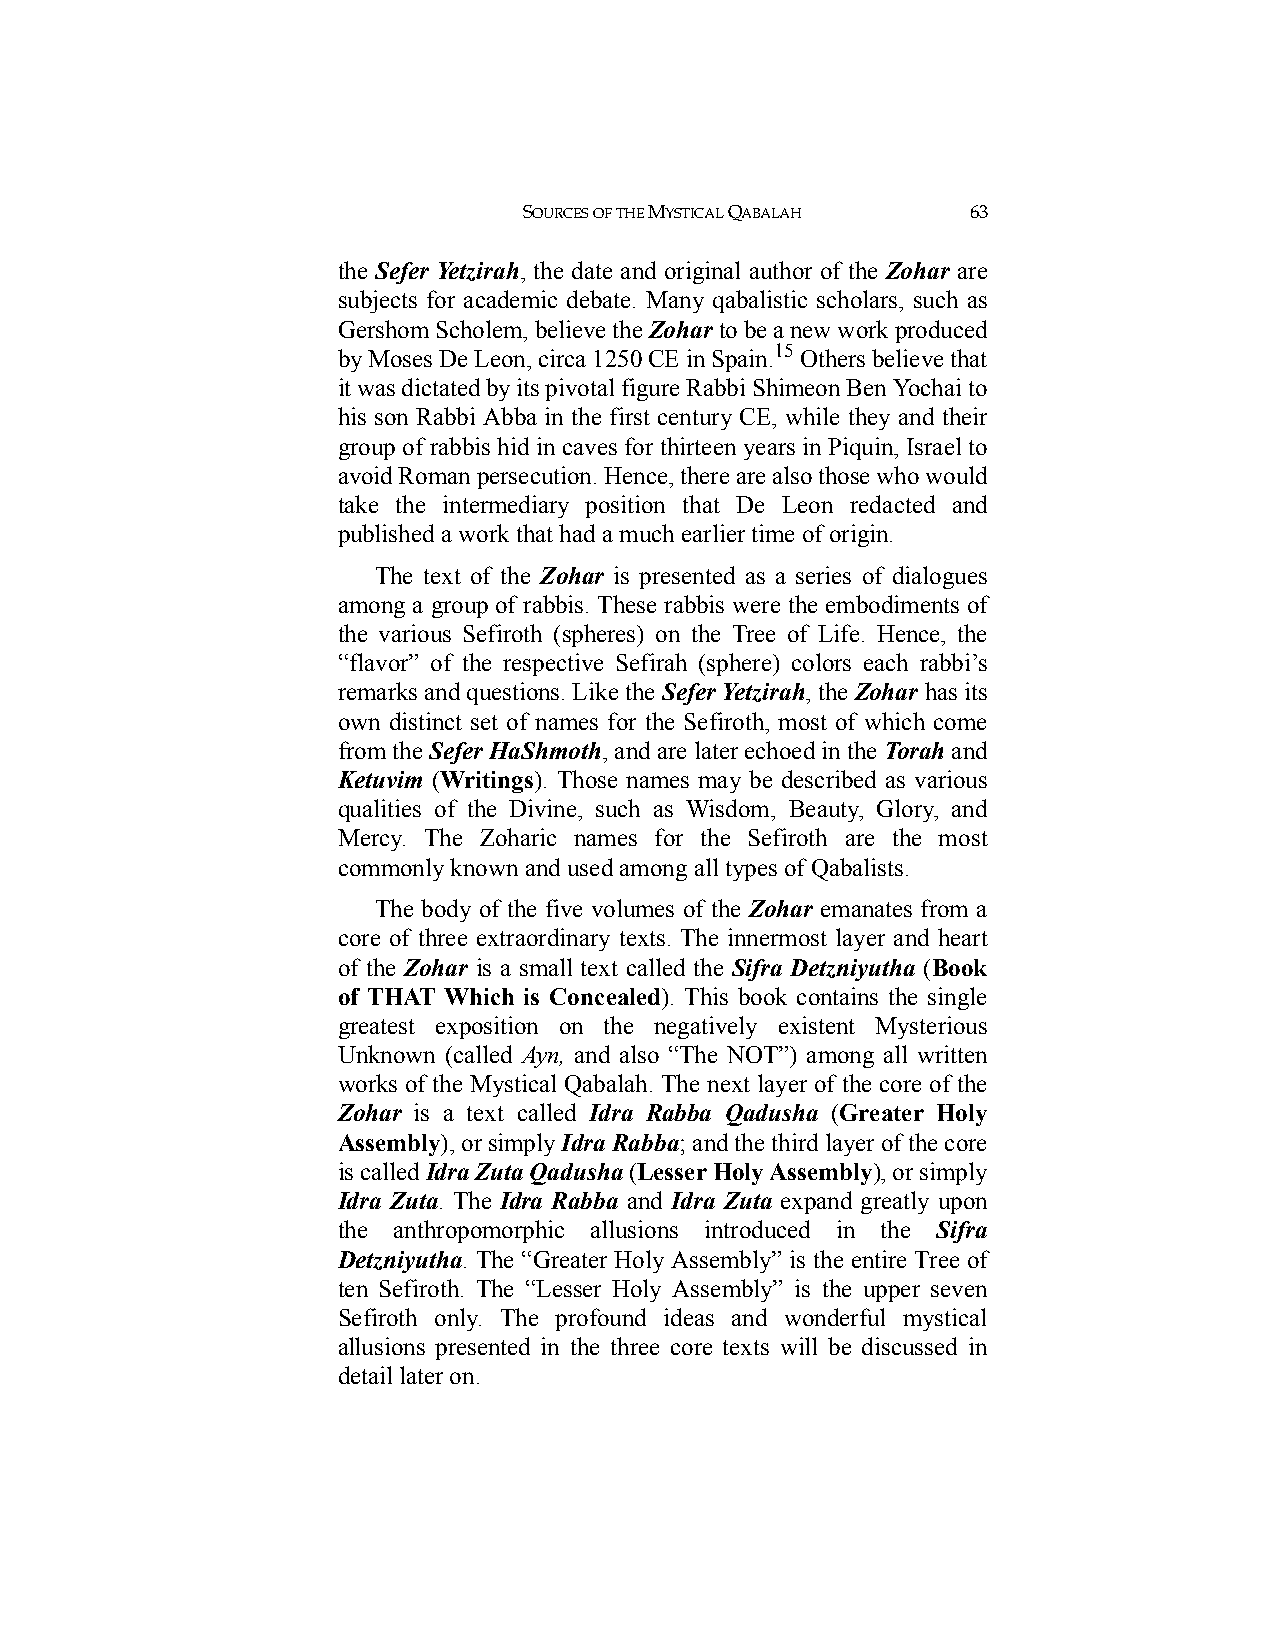
SOURCES OF THE MYSTICAL QABALAH 63
 the Sefer Yetzirah, the date and original author of the Zohar are
 subjects for academic debate. Many qabalistic scholars, such as
 Gershom Scholem, believe the Zohar to be a new work produced
 by Moses De Leon, circa 1250 CE in Spain.15 Others believe that
 it was dictated by its pivotal figure Rabbi Shimeon Ben Yochai to
 his son Rabbi Abba in the first century CE, while they and their
 group of rabbis hid in caves for thirteen years in Piquin, Israel to
 avoid Roman persecution. Hence, there are also those who would
 take the intermediary position that De Leon redacted and
 published a work that had a much earlier time of origin.
 The text of the Zohar is presented as a series of dialogues
 among a group of rabbis. These rabbis were the embodiments of
 the various Sefiroth (spheres) on the Tree of Life. Hence, the
 “flavor” of the respective Sefirah (sphere) colors each rabbi’s
 remarks and questions. Like the Sefer Yetzirah, the Zohar has its
 own distinct set of names for the Sefiroth, most of which come
 from the Sefer HaShmoth, and are later echoed in the Torah and
 Ketuvim (Writings). Those names may be described as various
 qualities of the Divine, such as Wisdom, Beauty, Glory, and
 Mercy. The Zoharic names for the Sefiroth are the most
 commonly known and used among all types of Qabalists.
 The body of the five volumes of the Zohar emanates from a
 core of three extraordinary texts. The innermost layer and heart
 of the Zohar is a small text called the Sifra Detzniyutha (Book
 of THAT Which is Concealed). This book contains the single
 greatest exposition on the negatively existent Mysterious
 Unknown (called Ayn, and also “The NOT”) among all written
 works of the Mystical Qabalah. The next layer of the core of the
 Zohar is a text called Idra Rabba Qadusha (Greater Holy
 Assembly), or simply Idra Rabba; and the third layer of the core
 is called Idra Zuta Qadusha (Lesser Holy Assembly), or simply
 Idra Zuta. The Idra Rabba and Idra Zuta expand greatly upon
 the anthropomorphic allusions introduced in the Sifra
 Detzniyutha. The “Greater Holy Assembly” is the entire Tree of
 ten Sefiroth. The “Lesser Holy Assembly” is the upper seven
 Sefiroth only. The profound ideas and wonderful mystical
 allusions presented in the three core texts will be discussed in
 detail later on.